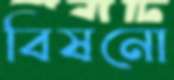
বিষনো